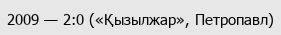
2009 — 2:0 («Қызылжар», Петропавл)